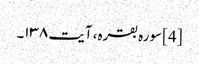
[4] سورہ بقرہ، آیت ۱۳۸۔